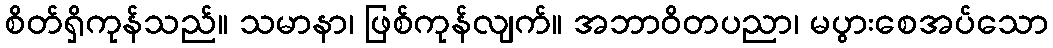
စိတ်ရှိကုန်သည်။ သမာနာ၊ ဖြစ်ကုန်လျက်။ အဘာဝိတပညာ၊ မပွားစေအပ်သော